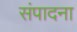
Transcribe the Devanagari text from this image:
संपादना